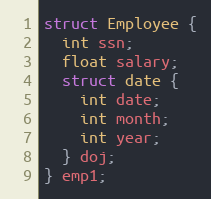
Language: C
struct Employee {
  int ssn;
  float salary;
  struct date {
    int date;
    int month;
    int year;
  } doj;
} emp1;